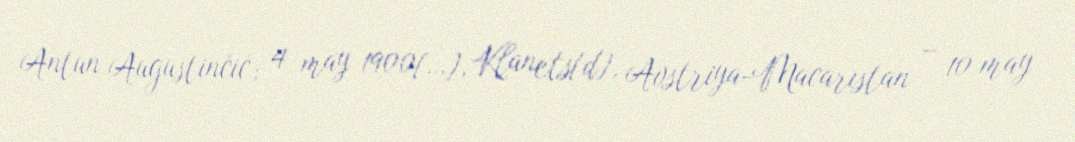
Antun Augustinčić; 4 may 1900[…], Klanets[d], Avstriya-Macarıstan – 10 may